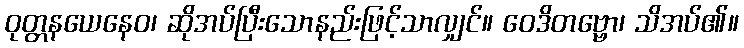
ဝုတ္တနယေနေဝ၊ ဆိုအပ်ပြီးသောနည်းဖြင့်သာလျှင်။ ဝေဒိတဗ္ဗော၊ သိအပ်၏။